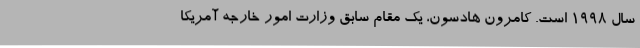
سال 1998 است. کامرون هادسون، یک مقام سابق وزارت امور خارجه آمریکا